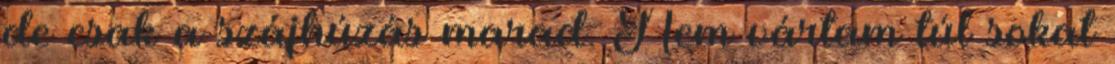
de csak a szájhúzás marad. Nem vártam túl sokat